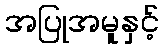
အပြုအမူနှင့်